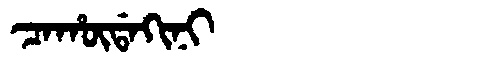
Manchu: ᠴᠠᡥᡡᡩᠠᡴᡳᠨᡳ
Romanization: CAHŪDAKINI